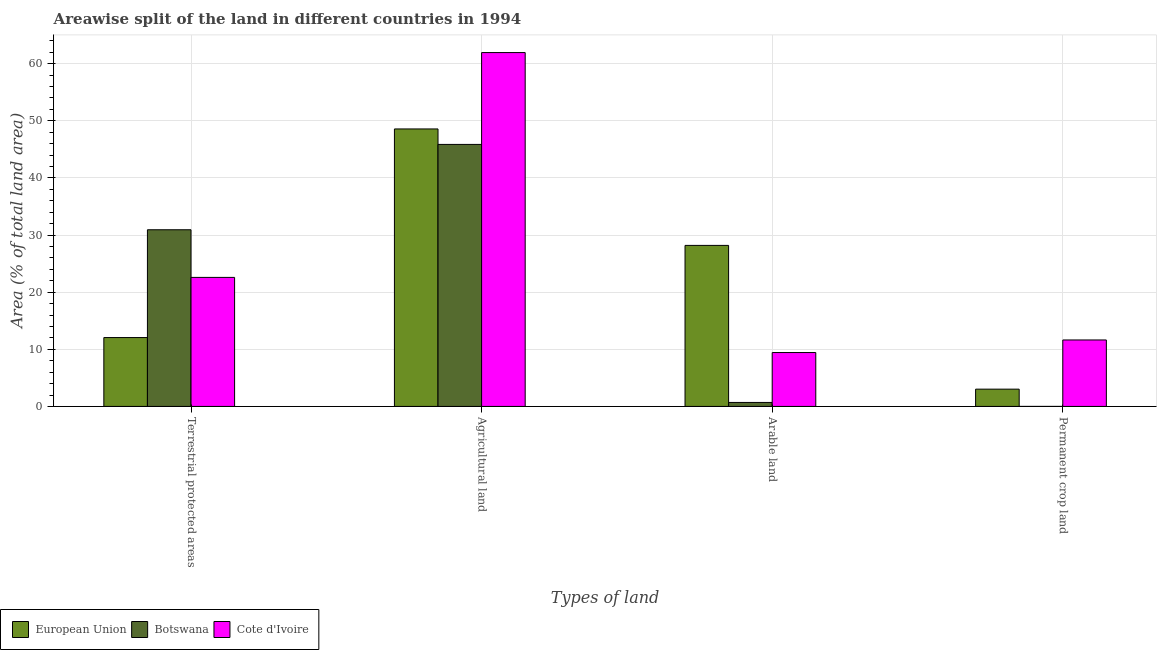
| Types of land | European Union | Botswana | Cote d'Ivoire |
 | --- | --- | --- | --- |
 | Terrestrial protected areas | 12.1 | 30.9 | 22.6 |
 | Agricultural land | 48.6 | 45.9 | 61.9 |
 | Arable land | 28.2 | 0.697 | 9.43 |
 | Permanent crop land | 3.02 | 0.00176 | 11.6 |